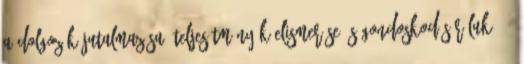
a dolgozók jutalmazása, teljesítményük elismerése és gondoskodás róluk. 39